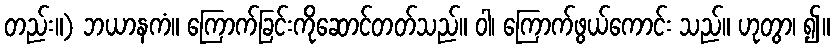
တည်း။) ဘယာနကံ။ ကြောက်ခြင်းကိုဆောင်တတ်သည်။ ဝါ၊ ကြောက်ဖွယ်ကောင်း သည်။ ဟုတွာ၊ ၍။